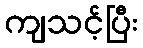
ကျသင့်ပြီး